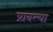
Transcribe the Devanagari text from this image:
प्रावल्या